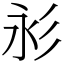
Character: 𢒋